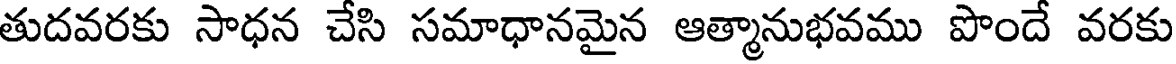
తుదవరకు సాధన చేసి సమాధానమైన ఆత్మానుభవము పొందే వరకు